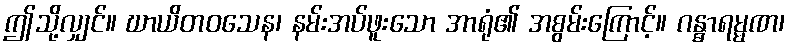
ဤသို့လျှင်။ ဃာယိတဝသေန၊ နမ်းအပ်ဖူးသော အာရုံ၏ အစွမ်းကြောင့်။ ဂန္ဓာရမ္မဏ၊